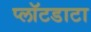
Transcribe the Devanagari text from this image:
प्लॉटडाटा